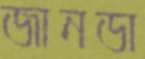
জানডা